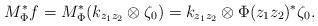
LaTeX: \begin{align*} M_{\Phi}^* f= M_{\Phi}^*(k_{z_1z_2}\otimes\zeta_{0})=k_{z_1z_2}\otimes\Phi(z_1z_2)^*\zeta_{0}. \end{align*}